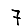
Digit: 7